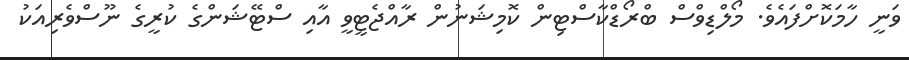
ވަނީ ހާމަކޮށްފައެވެ. މޯލްޑިވްސް ބްރޯޑްކާސްޓިން ކޮމިޝަނުން ރާއްޖެޓީވީ އާއި ސްޓޭޝަންގެ ކުރީގެ ނޫސްވެރިއަކު